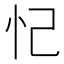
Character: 忋